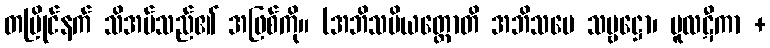
တပြိုင်နက် သိအပ်သည်၏ အဖြစ်ကို။ (အဘိသမိယတ္ထောတိ အဘိသမေ သဗ္ဗဋ္ဌော၊ မူလဋီကာ +